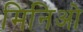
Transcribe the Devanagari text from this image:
मिनिओ